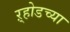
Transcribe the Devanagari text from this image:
ऱ्होडच्या